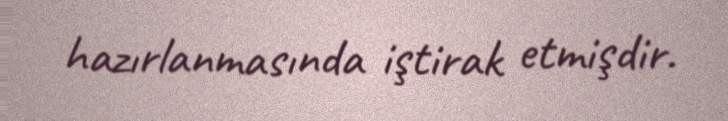
hazırlanmasında iştirak etmişdir.